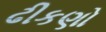
ઢીકણો